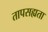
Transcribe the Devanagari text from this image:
तापसह्यता